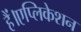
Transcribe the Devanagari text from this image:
हैं।एप्लिकेशन